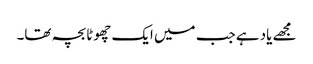
مجھے یاد ہے جب میں ایک چھوٹا بچہ تھا۔